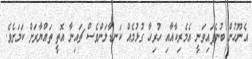
އެނޫހުން ބުނެފައިވަނީ އެމެރިކާއާއި ހުރިހާ ގުޅުމެއް ކަނޑާލަންވެސް ޗައިނާ އޮތީ ތައްޔާރަށް ކަމަށެވެ.